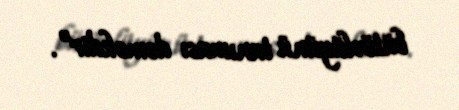
bütövlüyünü tanıması deməkdir”.